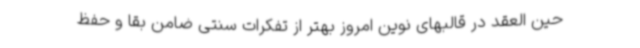
حین العقد در قالبهای نوین امروز بهتر از تفکرات سنتی ضامن بقا و حفظ